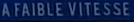
A FAIBLE VITESSE